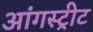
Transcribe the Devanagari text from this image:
आंगस्ट्रीट